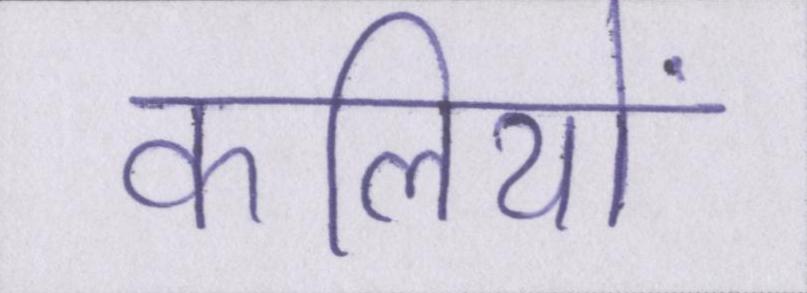
कलियों